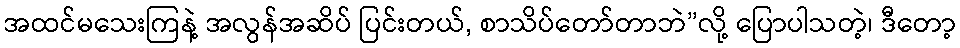
အထင်မသေးကြနဲ့ အလွန်အဆိပ် ပြင်းတယ်, စာသိပ်တော်တာဘဲ”လို့ ပြောပါသတဲ့၊ ဒီတော့